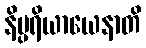
နိပ္ပရိယာယေနာတိ